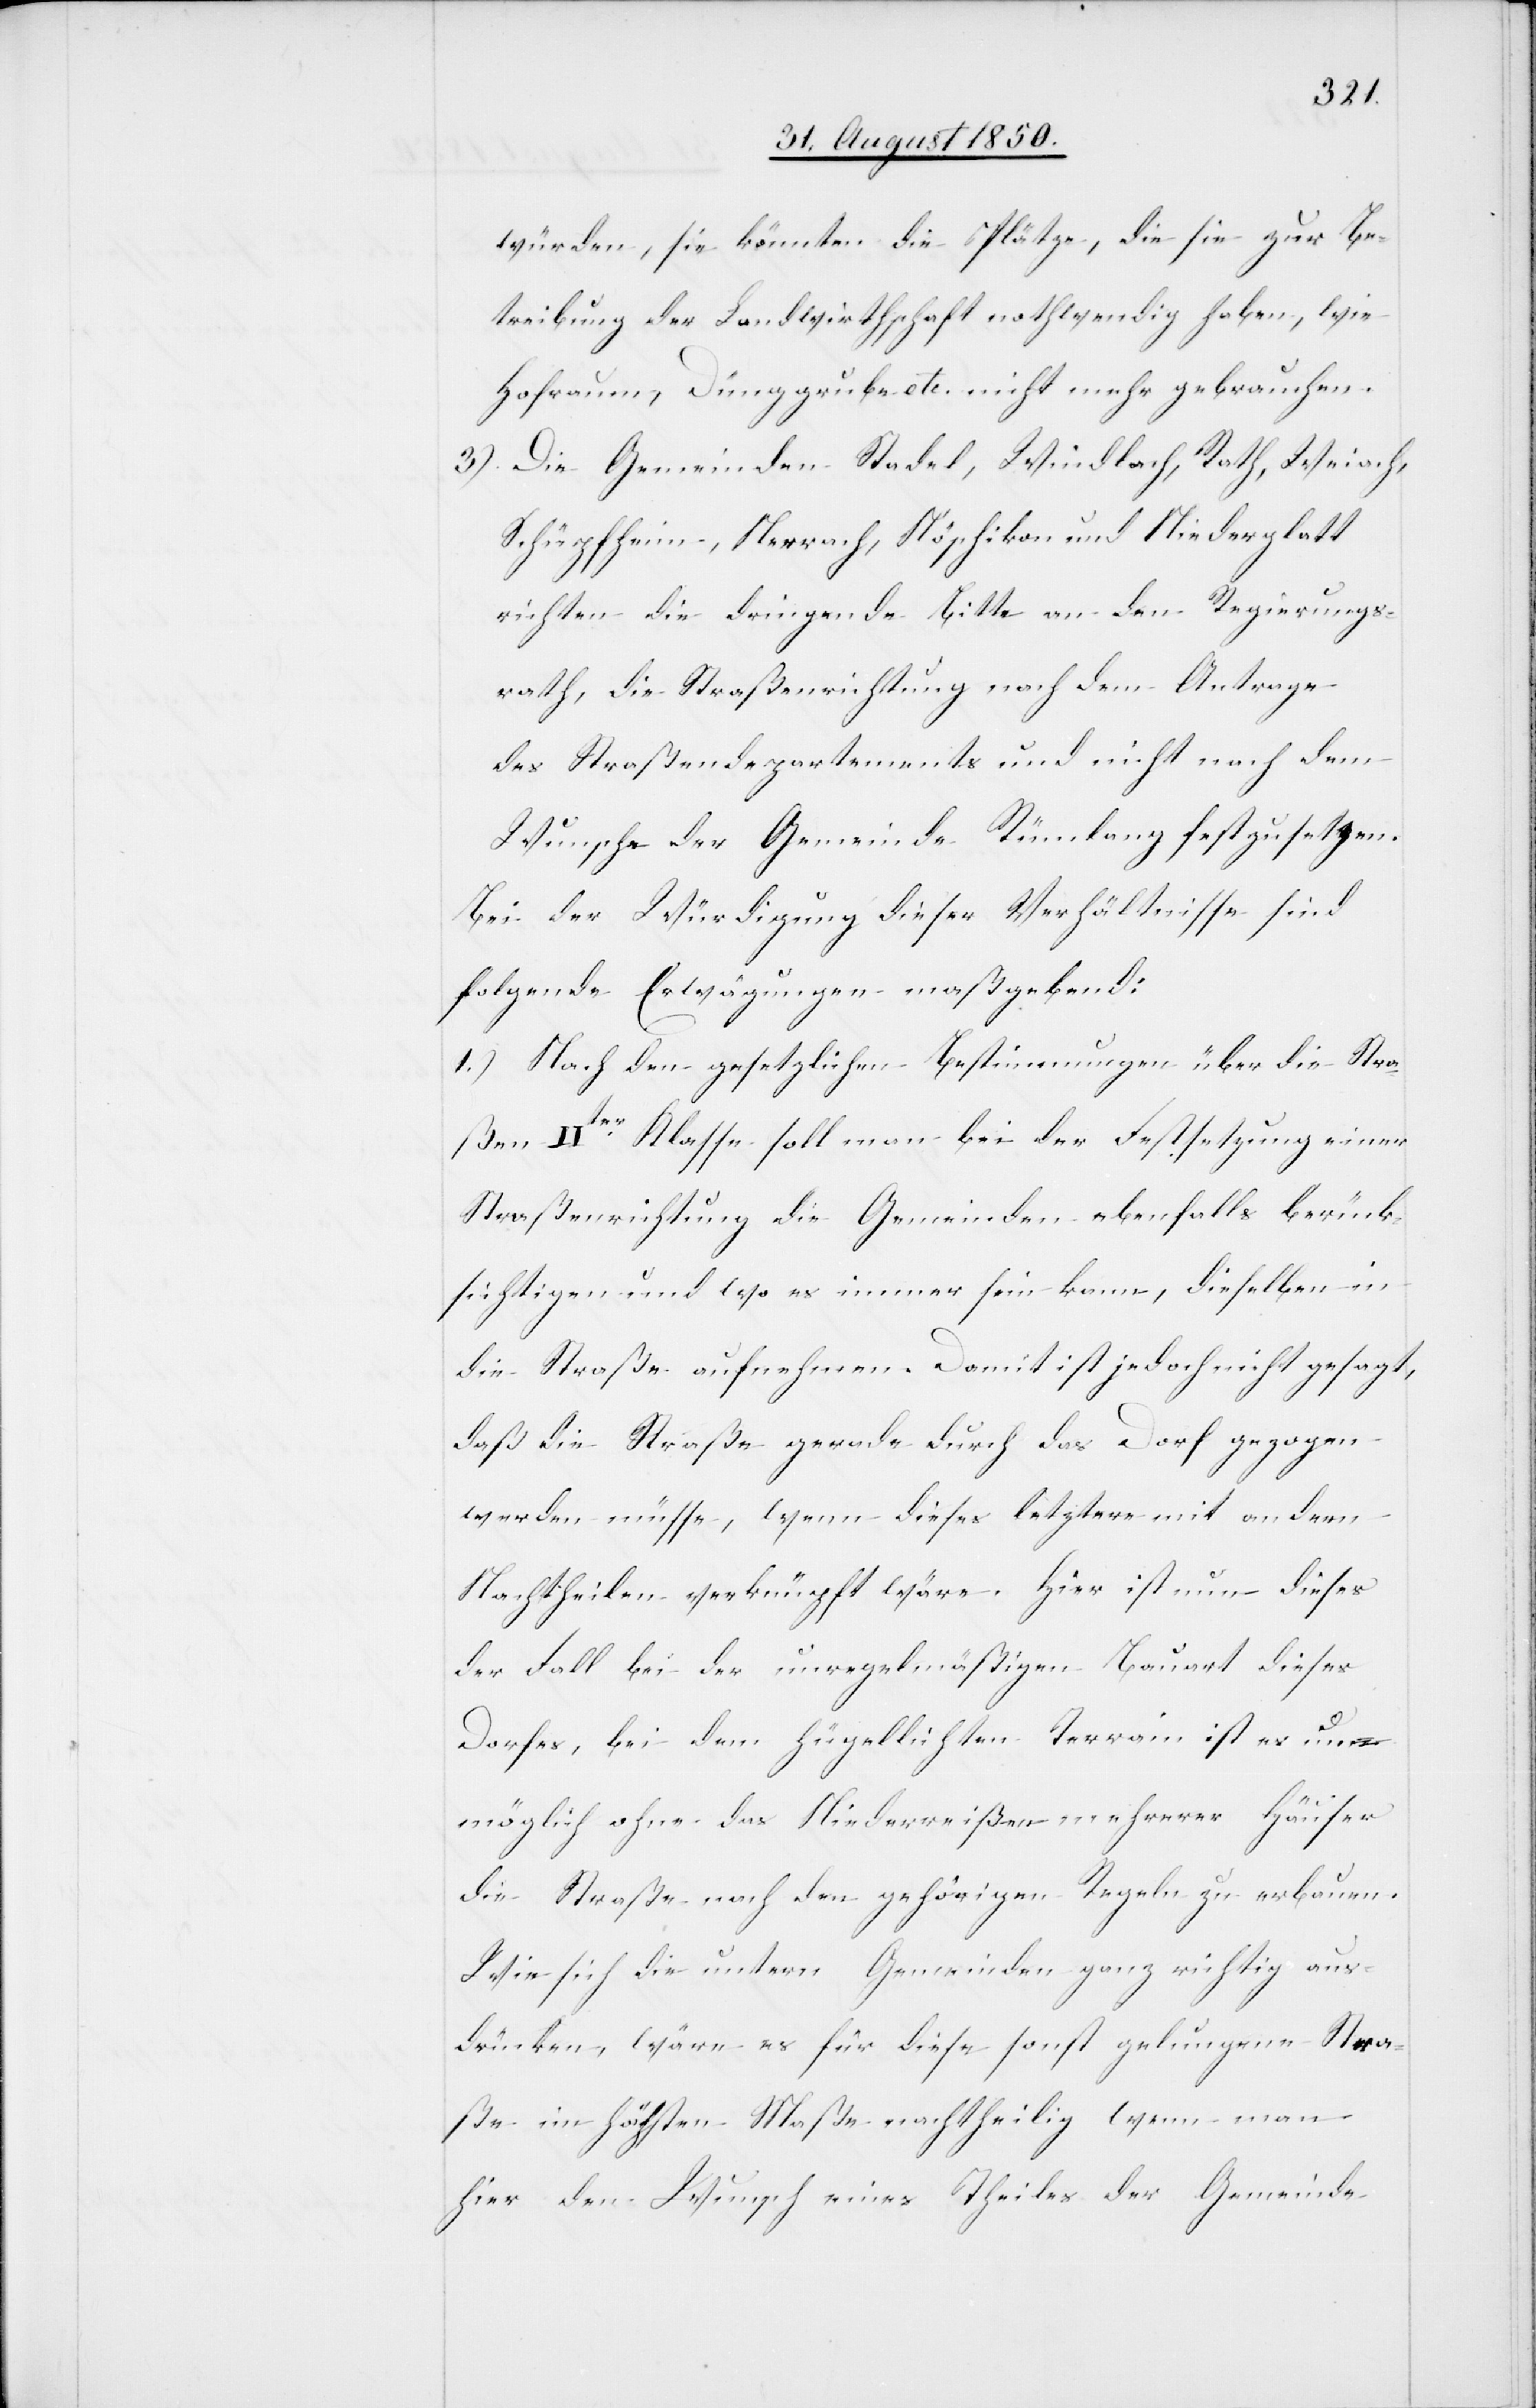
würden, sie könnten die Plätze, die sie zur Be¬
treibung der Landwirthschaft nothwendig haben, wie
Hofraum, Dünggrube etc. nicht mehr gebrauchen.
3.) Die Gemeinden Stadel, Windlach, Roth, Weiach,
Schüpfheim, Nerrach, Nöschikon und Niederglatt
richten die dringende Bitte an den Regierungs¬
rath, die Straßenrichtung nach dem Antrage
des Straßendepartements und nicht nach dem
Wunsche der Gemeinde Rümlang festzusetzen.
Bei der Würdigung dieser Verhältnisse sind
folgende Erwägungen maßgebend:
1.) Nach den gesetzlichen Bestimmungen über die Stra¬
ßen IIter Klasse soll man bei der Feststellung einer
Straßenrichtung die Gemeinden ebenfalls berück¬
sichtigen und wo es immer sein kann, dieselben in
die Straße aufnehmen. Damit ist jedoch nicht gesagt,
daß die Straße gerade durch das Dorf gezogen
werden müsse, wenn dieses letztere mit andern
Nachtheilen verknüpft wäre. Hier ist nun dieses
der Fall bei der unregelmäßigen Bauart dieses
Dorfes, bei dem hügellichten Terrain ist es un¬
möglich ohne das Niederreißen mehrerer Häuser
die Straße nach den gehörigen Regeln zu erbauen.
Wie sich die untern Gemeinden ganz richtig aus¬
drücken, wäre es für diese sonst gelungene Stra¬
ße im höchsten Maße nachtheilig wenn man
hier den Wunsch eines Theiles der Gemeinde